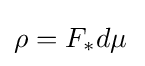
\rho =F_{*}d\mu {\,}